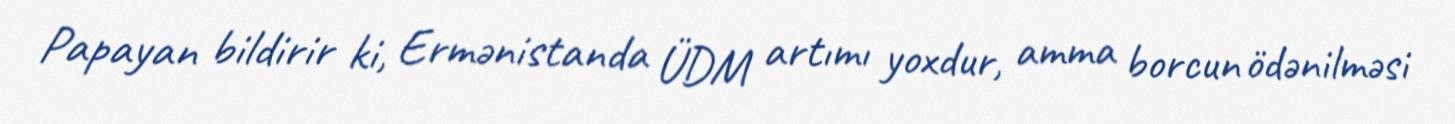
Papayan bildirir ki, Ermənistanda ÜDM artımı yoxdur, amma borcun ödənilməsi